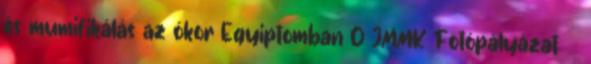
és mumifikálás az ókor Egyiptomban 0 JMMK Fotópályázat